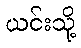
ယင်းသို့